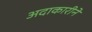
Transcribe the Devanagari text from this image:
अदाकारीने